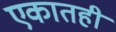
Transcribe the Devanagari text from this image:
एकातही